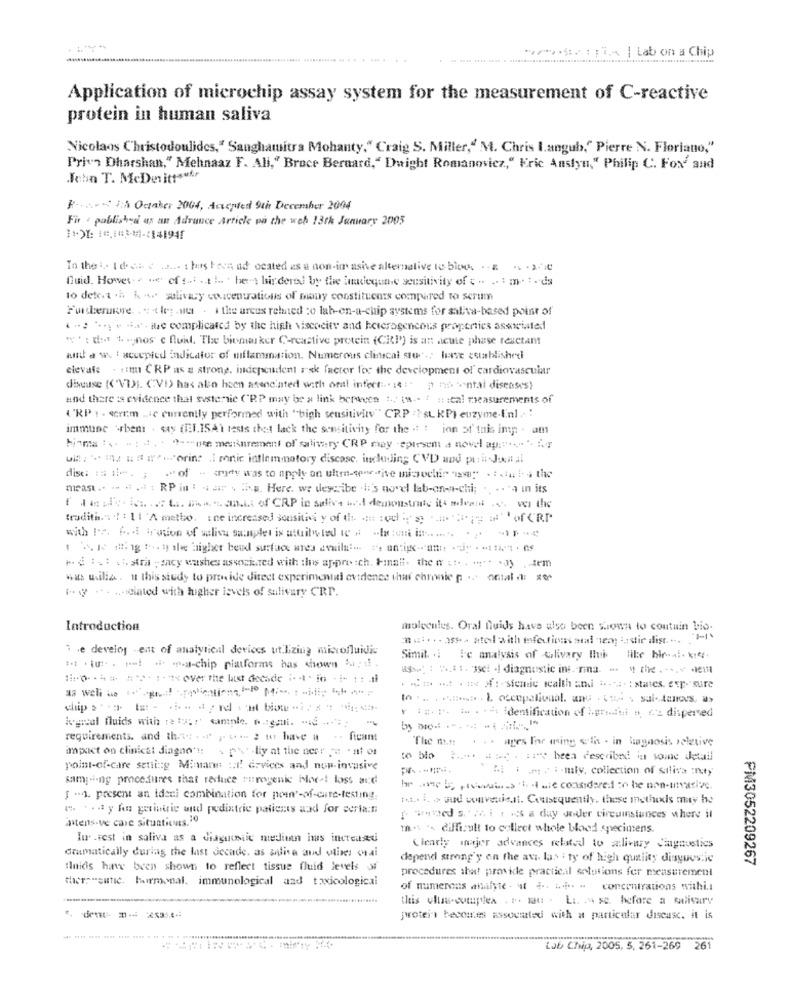
******* 1; | Lab on a Chip
......... ..... ..
Application of microchip assay system for the measurement of C-reactive
protein in human saliva
Nicolaos Christodoulides," Sanghatitra Mohanty." Craig S. Miller," M. Chris I.angub." Pierre N. Floriano,"
Priv's Dharshan," Mehnaaz F. All," Bruce Bernard," Duight Romanovicz," Kric Anslyn," Philip C. For' and
John T. McDevittaufe
R .:. 75 October 2004, Accepted 9th December 2004
Fir . pablished as an Adrauce Article pa the woh 13th January 2005
In the :. I'd si enia ... ¿ has been ad ocated as a non-im asive alternative to bioo. ... .. . x-
Huid. Howet. "e of ... .. ti .. . he's birdered by the inadequate sensitivity of c. .. : m. i. da
to dete.a .h. k - salivary concentrations of many constituents compared to serum
Furtherunwe. .. (log .no . 1 the areas related :o lab-en-a-chip systems for saliva-based point of
. ... .. . wie complicated by the high viscocity and heterogencons properties associated
wt : don t.nos" c fluit. The bienasker C-reactive protein (Citl') is an acute phase texctamt
and a w. I accepled indicator of miflammation. Numerous clinical stur ,; lave establishedi
elevate . im CRP as a strong, independent risk factor for the development of cardiovascular
disse (("VDI. CVI) has also heen asenc.sted with oral infect :.. 14: p ni ental diseases)
and there is evidence that systemie ("RP may be a link bepaven 1 ., (a -. " # :cal rseasurements of
('RP 1 . serem ... e currently performed with "high sensitivity" CRP :? sL KP) euzyme.I.nl . :
immune \rben: . say (BEI.ISAY tests thet lack the sensitivity for the . : inn of this imp . am
hinma ... . : d. . " -- u meurement of salinity CRP may -spirsem a novel ap:" ... ". i.T
ul !! : '. in2 u " worin .I ronic inflammatory discosc, including CVD und pili Joc at
dise: := 1 -. ; . of - dy was to apply an ultra-senedive microchip "no" .: dal, the
meast .. .. . .. . RP in': " a . : w. Here. we describe .#:'s novel lab-an-n-chi; .... " in its
flere is At. mosaic of CRP in salive and demonstrate its aderst vor the
tradith .: ! : 11 'A metbo, ine increased sensitivi y of ti: ::: : od :'s. ..... .. ; -; "' of CRP
hd :s: s. stri ; macy washes associated with ihns appre :ch. Finali. the w .:. . " :. . J) , tem
was usilia. it this study to provide direct experimental evidence that chronic portal
1 .. y - einted with higher levels of salivary CRP.
Introduction
molecules. Oral fluids have also been shown to coutuin bio-
....... as- atolwith infections stad en : sie dist. ... .
3 .e develos -ent of analytical devices ut Lizing microfluidic
Simit. .. Ie analysis of wlivary the like hirai. k14.
#* . iu :. . . . -- chip platforms has shown M; if .
4 : 5.1 1. 3se! · diagnostic ins .- ria. - 4 the . . .. + 1
:: 0 -- 4# =">- :-* over the last decade :"io -i- ::
----** *:- sferie wealth and .--.. : states. exp."sure
In ... . . test . ), occupational. and . w . sul. Aances, u>
kogeal fluids with ;e tu :: ' sample. p .: gani. - id -.- '
r :# ... .. . *-* identification of iprodut o c's dispersed
requirements. and the . pt -- 2 tu have a .. ficam:
The n .. .. . ages For ming sth - in bagnosis relative
impact on clinical diagno" !: \ \\" -liy at the neer pe - ni or
to blo ..... .. . :: 's been described in some detail
point-of-care setting Mimann :I! ervices and non-invasive
MI 1 7 :- mly, collection of stliva :naty
sampling procedures that reduce murygenic More! loss and
he anebo riverains totale considered to be non-invasive.
f -4. present an ideni combination for poen'-of-care-testing.
tot .. i. > sud convenis.it. Consequently, these methods my he
". ... y hu gerintric und pediatric patients and for ceriani
intensive care situations. 10
waned s .. .. i . s a day Jeder circuinstances where il
ms - difficult to collect whole blood specimens.
In. . vest in saliva as a diagnostic mediumn has increased
dramatically during the last decade. as anlise and olives orai
Clearly majer advances related to salivary Cagnostics
depend strong'y on the av las : ty of high quality disquestie
PM3052209267
fluids have been shown to reflect tissue fluid levels of
procedures shat provide practic.il solutions fer measurement
there"sutic. hirmonal. immunological and toxicological
of numerous analyte, at ... ... - concentrations withi.
this ulla-cutupdea . r. m . Li. . se. hefare a military
jvotein becomes associated with a particular discusc. it is
Lab Chip, 2005, 5, 261-269 2